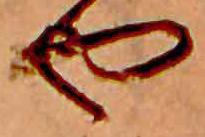
や